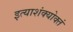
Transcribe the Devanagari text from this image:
इत्याशंक्योक्तं